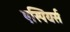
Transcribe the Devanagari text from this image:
एस्पियर्स